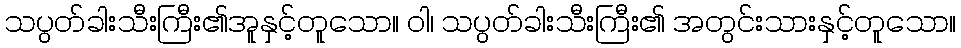
သပွတ်ခါးသီးကြီး၏အူနှင့်တူသော။ ဝါ၊ သပွတ်ခါးသီးကြီး၏ အတွင်းသားနှင့်တူသော။